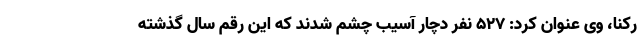
رکنا، وی عنوان کرد: ۵۲۷ نفر دچار آسیب چشم شدند که این رقم سال گذشته